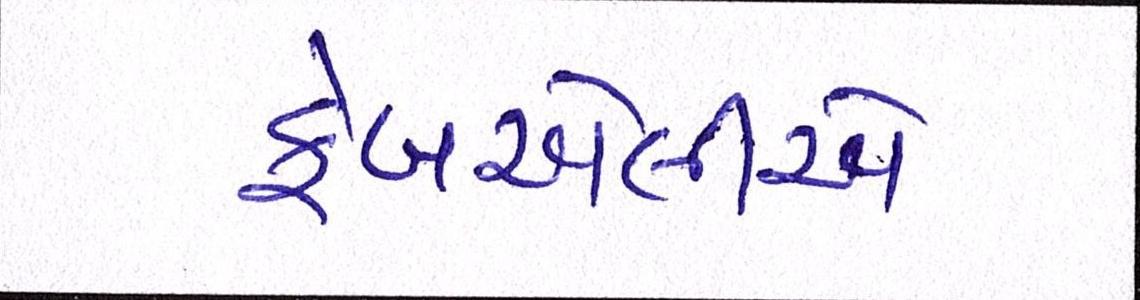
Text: ફેબએલીએ